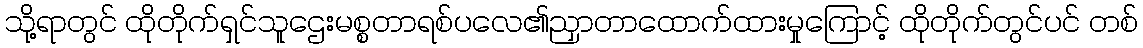
သို့ရာတွင် ထိုတိုက်ရှင်သူဌေးမစ္စတာရစ်ပလေ၏ညှာတာထောက်ထားမှုကြောင့် ထိုတိုက်တွင်ပင် တစ်